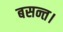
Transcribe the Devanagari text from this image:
बसन्त।